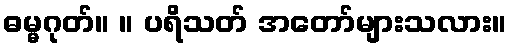
ဓမ္မဂုတ်။ ။ ပရိသတ် အတော်များသလား။